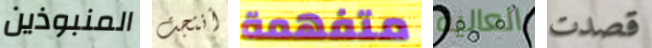
المنبوذين أنتجت متفهمة العالية قصدت